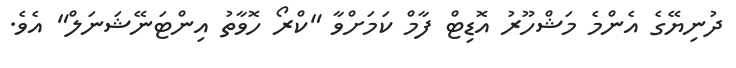
ދުނިޔޭގެ އެންމެ މަޝްހޫރު އޮޑިޓް ފާމް ކަމަށްވާ "ކްރޯ ހޮވާތު އިންޓަނޭޝަނަލް" އެވެ.